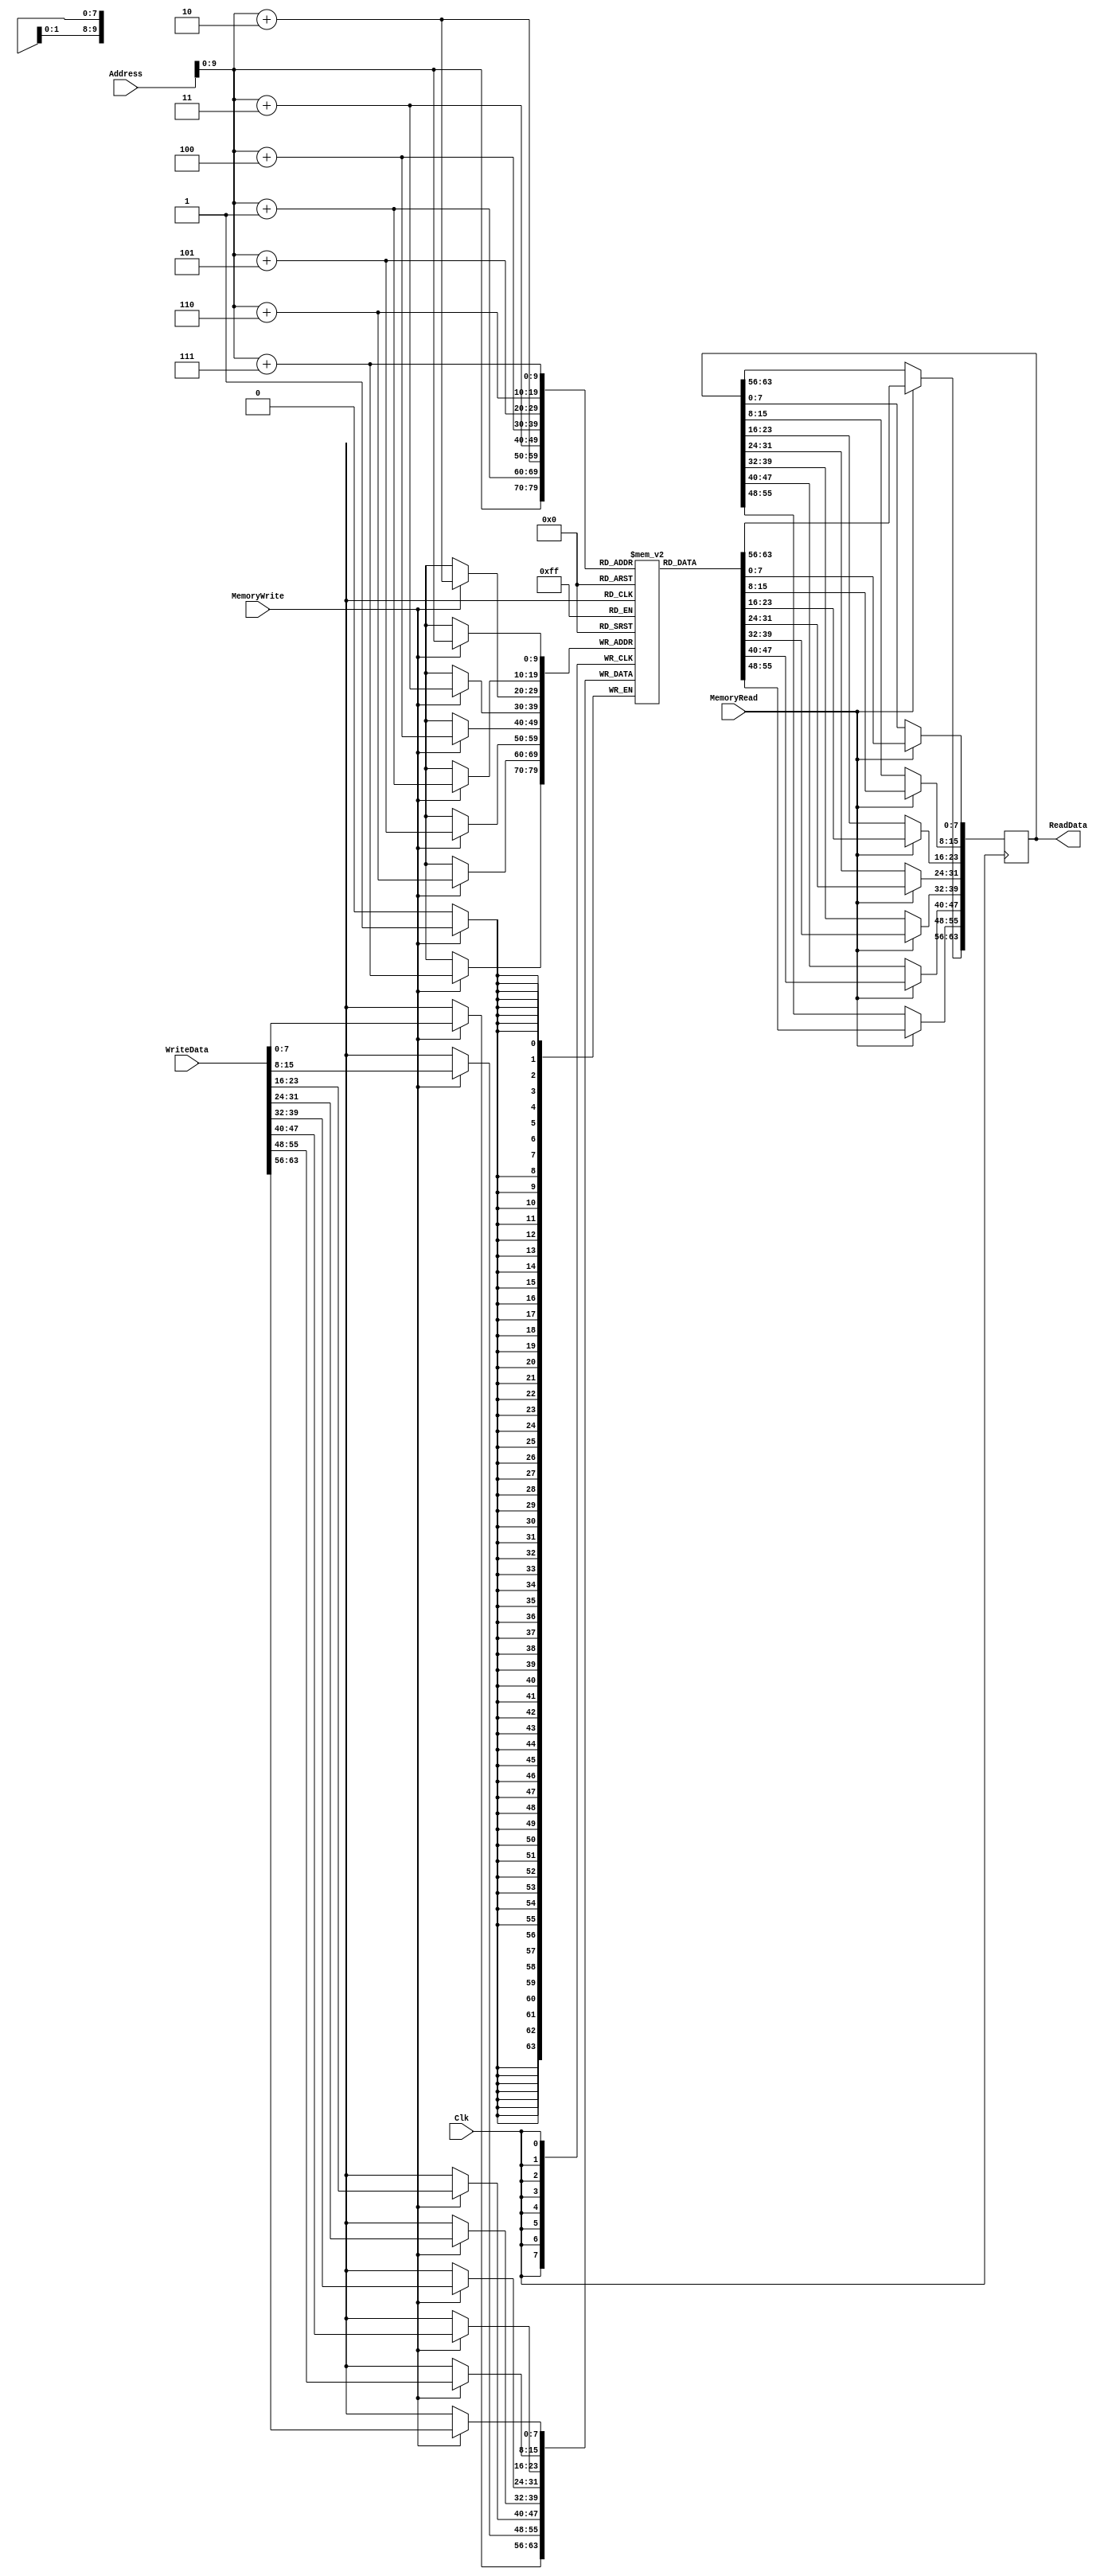
/*
 *  Module: DataMemory
 *  De opslagplaats van alles gegevens pagina 267 in het boek
 *
 */

module DataMemory(ReadData , Address , WriteData , MemoryRead , MemoryWrite , Clk);
   input [63:0] WriteData;
   input [63:0] Address;

   input MemoryRead, MemoryWrite;
   input Clk;

   output reg [63:0] ReadData;
          reg [7:0]  memBank[1023:0];   
          //16 verschillende memory blokken van 64bits --> 1024 of 128bit

    //de initialisatie taak: verdelen van de memorybanks
   task init;                           
      input [63:0] addr;
      input [63:0] data;

    begin
        memBank[addr]   =  data[63:56]; 
        memBank[addr+1] =  data[55:48];
        memBank[addr+2] =  data[47:40];
        memBank[addr+3] =  data[39:32];
        memBank[addr+4] =  data[31:24];
        memBank[addr+5] =  data[23:16];
        memBank[addr+6] =  data[15:8];
        memBank[addr+7] =  data[7:0];
    end
    endtask

initial
     begin
	// Data instellen dat gebruikt wordt in instruction memory
	init( 64'h0,  64'h1);  			//Counter variable
	init( 64'h8,  64'ha);  			//deel van het masker
	init( 64'h10, 64'h5);  			//ander deel van een masker
	init( 64'h18, 64'h0ffbea7deadbeeff); 	//grote constante
	init( 64'h20, 64'h0); 			//delete
     end

    //Data uitlezen en ophalen
   always @(posedge Clk)
     begin
	if(MemoryRead)
	    begin
            ReadData[63:56]    = memBank[Address];
            ReadData[55:48]    = memBank[Address+1];
            ReadData[47:40]    = memBank[Address+2];
            ReadData[39:32]    = memBank[Address+3];
            ReadData[31:24]    = memBank[Address+4];
            ReadData[23:16]    = memBank[Address+5];
            ReadData[15:8]     = memBank[Address+6];
            ReadData[7:0]      = memBank[Address+7];
	    end
    end

   //Data schrijven en opslaan
   always @(posedge Clk)
     begin
	if(MemoryWrite)
	    begin
            memBank[Address]   = WriteData[63:56];
            memBank[Address+1] = WriteData[55:48];
            memBank[Address+2] = WriteData[47:40];
            memBank[Address+3] = WriteData[39:32];
            memBank[Address+4]= WriteData[31:24];
            memBank[Address+5] = WriteData[23:16];
            memBank[Address+6] = WriteData[15:8];
            memBank[Address+7] = WriteData[7:0];
	    end
    end
endmodule